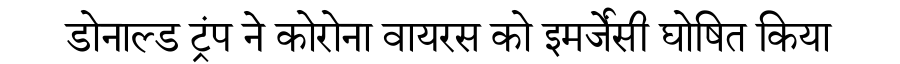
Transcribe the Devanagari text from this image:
डोनाल्ड ट्रंप ने कोरोना वायरस को इमर्जेंसी घोषित किया